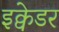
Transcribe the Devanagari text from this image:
इक्वेडर